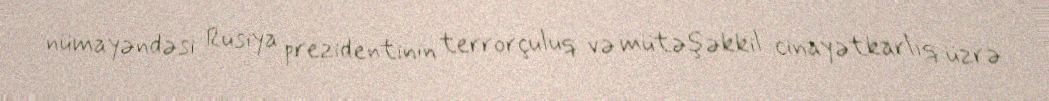
nümayəndəsi Rusiya prezidentinin terrorçuluq və mütəşəkkil cinayətkarlıq üzrə